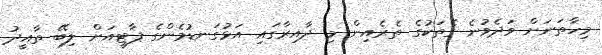
މިހާތަނަށް ވަދެވުނެ ގެތަކުގެ ތެރެއިން މި ދާއިރާގައި އަޅުގަނޑުމެންގެ ޕާޓީއަށް ލިބޭ ތާއީދު